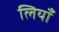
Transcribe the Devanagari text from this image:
लियाँ